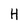
Character: H